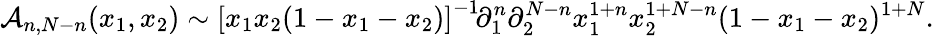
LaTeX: {\cal A}_{n,N-n}(x_{1},x_{2})\sim\left[x_{1}x_{2}(1-x_{1}-x_{2})\right]^{-1}\! \partial_{1}^{n}\partial_{2}^{N-n}x_{1}^{1+n}x_{2}^{1+N-n}(1-x_{1}-x_{2})^{1+N}.